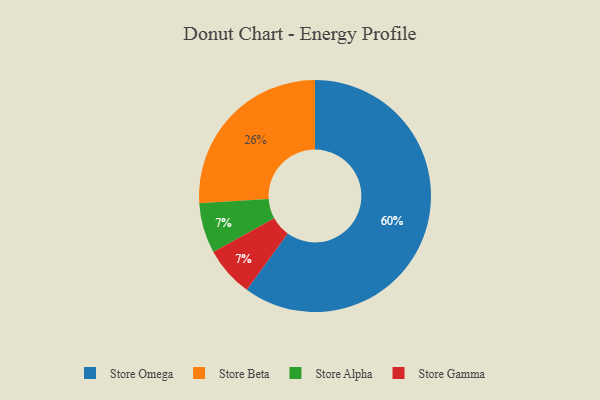
{"axis": {"x": "Category", "y": "Percentage"}, "legend": ["Store Alpha", "Store Beta", "Store Gamma", "Store Omega"], "data": [{"x": "Store Beta", "y": 26, "type": "Store Beta"}, {"x": "Store Alpha", "y": 7, "type": "Store Alpha"}, {"x": "Store Gamma", "y": 7, "type": "Store Gamma"}, {"x": "Store Omega", "y": 60, "type": "Store Omega"}]}